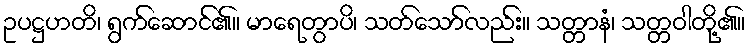
ဥပဋ္ဌဟတိ၊ ရွက်ဆောင်၏။ မာရေတွာပိ၊ သတ်သော်လည်း။ သတ္တာနံ၊ သတ္တဝါတို့၏။